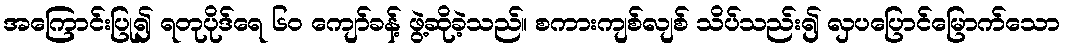
အကြောင်းပြု၍ ရတုပိုဒ်ရေ ၆၀ ကျော်ခန့် ဖွဲ့ဆိုခဲ့သည်။ စကားကျစ်လျစ် သိပ်သည်း၍ လှပပြောင်မြောက်သော